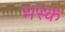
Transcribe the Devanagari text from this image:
मस्‍क